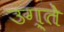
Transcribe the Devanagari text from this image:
उग्ते